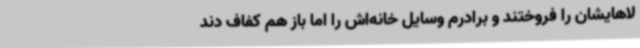
لاهایشان را فروختند و برادرم وسایل خانه‌اش را اما باز هم کفاف دند